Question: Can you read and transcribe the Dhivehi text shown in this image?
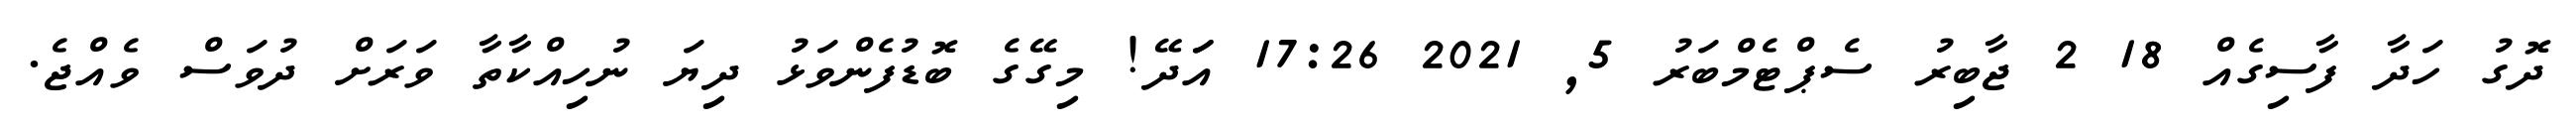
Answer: ދޮގު ހަދާ ފާސިގެއް 18 2 ޖާބިރު ސެޕްޓެމްބަރު 5, 2021 17:26 އަަދޭ! މިގޭގެ ބޮޑުފެންވަޅު ދިޔަ ނުހިއްކާތާ ވަރަށް ދުވަސް ވެއްޖެ.